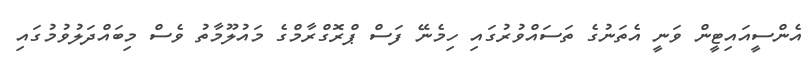
އެންސީއައިޓީން ވަނީ އެތަނުގެ ތަސައްވުރުގައި ހިމެނޭ ފަސް ޕްރޮގްރާމްގެ މައުލޫމާތު ވެސް މިބައްދަލުވުމުގައި